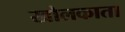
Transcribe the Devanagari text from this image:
खोलकाता